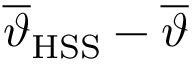
\overline { { \vartheta } } _ { \mathrm { H S S } } - \overline { { \vartheta } }